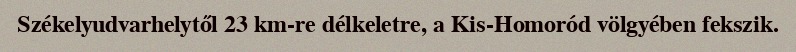
Székelyudvarhelytől 23 km-re délkeletre, a Kis-Homoród völgyében fekszik.